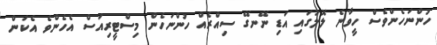
ހުންނަހެންވެސް ހީވާނެ ލޮލުގައި އަޑި ނޭނގޭ ސިއްރެއް ހުންނަހެން މިސްޓީރިއަސް އެހެންވެ އެކަން